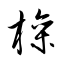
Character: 橾